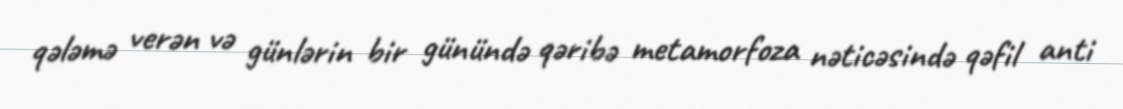
qələmə verən və günlərin bir günündə qəribə metamorfoza nəticəsində qəfil anti